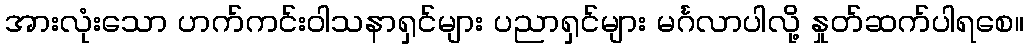
အားလုံးသော ဟက်ကင်းဝါသနာရှင်များ ပညာရှင်များ မင်္ဂလာပါလို့ နှုတ်ဆက်ပါရစေ။